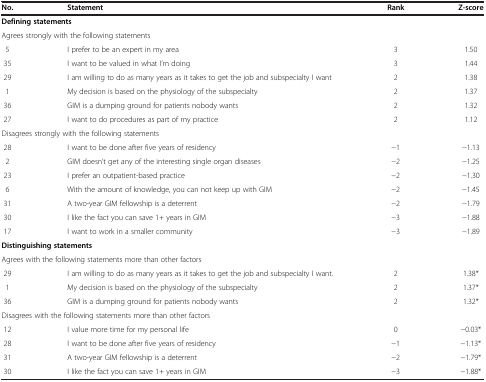
| No. | Statement | Rank | Z-score |
 | --- | --- | --- | --- |
 | <COLSPAN=4> Defining statements |
 | <COLSPAN=4> Agrees strongly with the following statements |
 | 5 | I prefer to be an expert in my area | 3 | 1.50 |
 | 35 | I want to be valued in what I’m doing | 3 | 1.44 |
 | 29 | I am willing to do as many years as it takes to get the job and subspecialty I want | 2 | 1.38 |
 | 1 | My decision is based on the physiology of the subspecialty | 2 | 1.37 |
 | 36 | GIM is a dumping ground for patients nobody wants | 2 | 1.32 |
 | 27 | I want to do procedures as part of my practice | 2 | 1.12 |
 | <COLSPAN=4> Disagrees strongly with the following statements |
 | 28 | I want to be done after five years of residency | -1 | -1.13 |
 | 2 | GIM doesn’t get any of the interesting single organ diseases | -2 | -1.25 |
 | 23 | I prefer an outpatient-based practice | -2 | -1.30 |
 | 6 | With the amount of knowledge, you can not keep up with GIM | -2 | -1.45 |
 | 31 | A two-year GIM fellowship is a deterrent | -2 | -1.79 |
 | 30 | I like the fact you can save 1+ years in GIM | -3 | -1.88 |
 | 17 | I want to work in a smaller community | -3 | -1.89 |
 | <COLSPAN=4> Distinguishing statements |
 | <COLSPAN=4> Agrees with the following statements more than other factors |
 | 29 | I am willing to do as many years as it takes to get the job and subspecialty I want. | 2 | 1.38* |
 | 1 | My decision is based on the physiology of the subspecialty | 2 | 1.37* |
 | 36 | GIM is a dumping ground for patients nobody wants | 2 | 1.32* |
 | <COLSPAN=4> Disagrees with the following statements more than other factors |
 | 12 | I value more time for my personal life | 0 | -0.03* |
 | 28 | I want to be done after five years of residency | -1 | -1.13* |
 | 31 | A two-year GIM fellowship is a deterrent | -2 | -1.79* |
 | 30 | I like the fact you can save 1+ years in GIM | -3 | -1.88* |